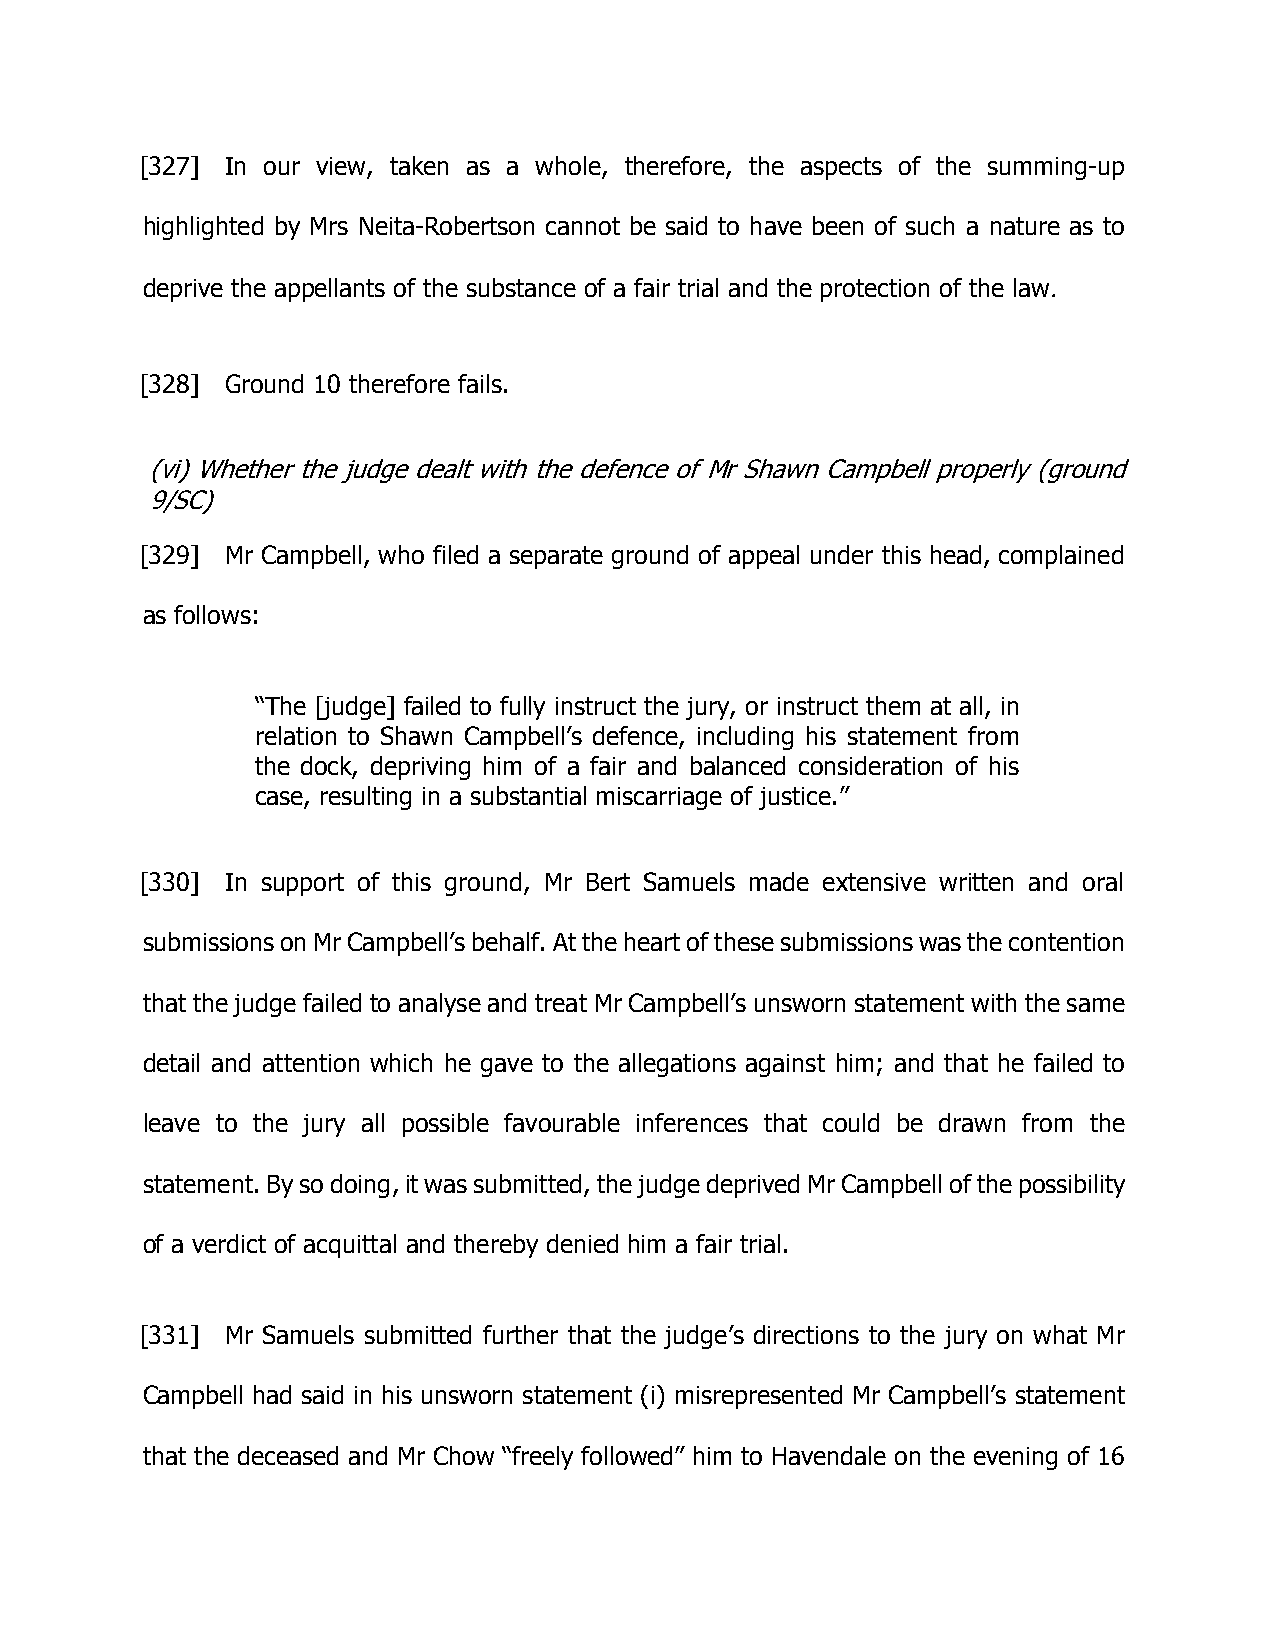
[327] In our view, taken as a whole, therefore, the aspects of the summing-up
 highlighted by Mrs Neita-Robertson cannot be said to have been of such a nature as to
 deprive the appellants of the substance of a fair trial and the protection of the law.
 [328] Ground 10 therefore fails.
 (vi) Whether the judge dealt with the defence of Mr Shawn Campbell properly (ground
 9/SC)
 [329] Mr Campbell, who filed a separate ground of appeal under this head, complained
 as follows:
 “The [judge] failed to fully instruct the jury, or instruct them at all, in
 relation to Shawn Campbell’s defence, including his statement from
 the dock, depriving him of a fair and balanced consideration of his
 case, resulting in a substantial miscarriage of justice.”
 [330] In support of this ground, Mr Bert Samuels made extensive written and oral
 submissions on Mr Campbell’s behalf. At the heart of these submissions was the contention
 that the judge failed to analyse and treat Mr Campbell’s unsworn statement with the same
 detail and attention which he gave to the allegations against him; and that he failed to
 leave to the jury all possible favourable inferences that could be drawn from the
 statement. By so doing, it was submitted, the judge deprived Mr Campbell of the possibility
 of a verdict of acquittal and thereby denied him a fair trial.
 [331] Mr Samuels submitted further that the judge’s directions to the jury on what Mr
 Campbell had said in his unsworn statement (i) misrepresented Mr Campbell’s statement
 that the deceased and Mr Chow “freely followed” him to Havendale on the evening of 16